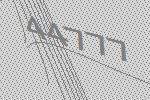
44777